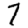
Digit: 7